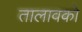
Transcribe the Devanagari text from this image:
तालावको